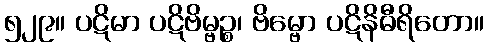
၅၂၉။ ပဋိမာ ပဋိဗိမ္ဗဉ္စ၊ ဗိမ္ဗော ပဋိနိဓီရိတော။